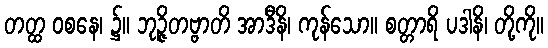
တတ္ထ ဝစနေ၊ ၌။ ဘုဉ္ဇိတဗ္ဗာတိ အာဒီနိ၊ ကုန်သော။ စတ္တာရိ ပဒါနိ၊ တို့ကို။